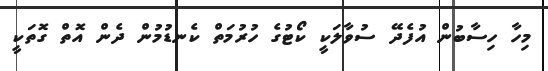
މިހާ ހިސާބުން އުފެދޭ ސުވާލަކީ ކޯޓުގެ ހުރުމަތް ކެނޑުމުން ދެން އޮތް ގޮތަކީ